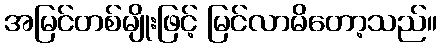
အမြင်တစ်မျိုးဖြင့် မြင်လာမိတော့သည်။